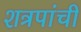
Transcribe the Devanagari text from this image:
शत्रपांची